Civil Veterinary Department Bihar & Orissa reports 1922-29 - 1922-1929
Year: 1922
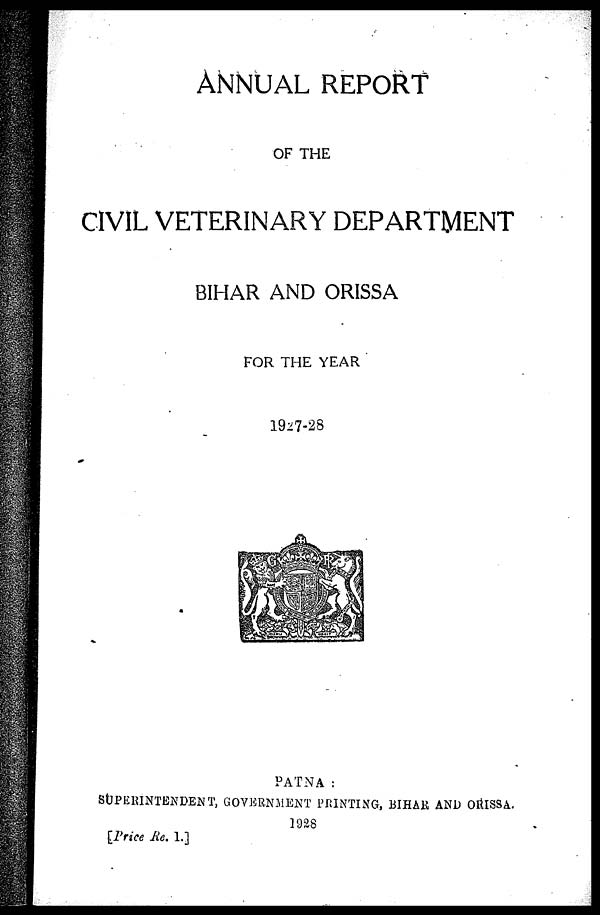
ANNUAL REPORT
OF THE
CIVIL VETERINARY DEPARTMENT
BIHAR AND ORISSA
FOR THE YEAR
1927-28
PATNA :
SUPERINTENDENT, GOVERNMENT PRINTING, BIHAR AND ORISSA.
1928
[Price Rs. 1.]